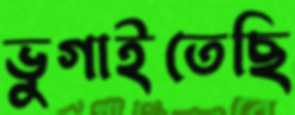
ভুগাইতেছি